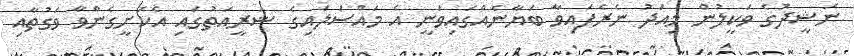
ނަޝީދުގެ ވަކީލުން މިއަދު ނެރެފައިވާ ބަޔާނެއްގައިވަނީ އެ މައްސަލައިގެ ޝަރީއަތުގައި އެކަށީގެންވާ ވަގުތާއި